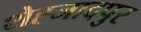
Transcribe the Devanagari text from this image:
शेह्जादपुर